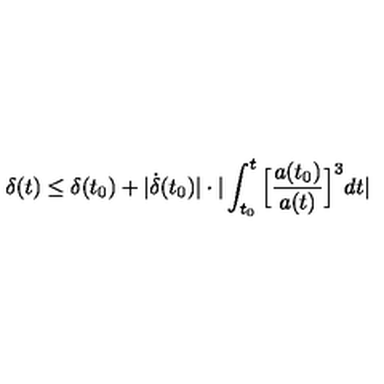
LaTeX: \delta ( t ) \leq \delta ( t _ { 0 } ) + | \dot { \delta } ( t _ { 0 } ) | \cdot | \int _ { t _ { 0 } } ^ { t } \Big [ \frac { a ( t _ { 0 } ) } { a ( t ) } \Big ] ^ { 3 } d t |